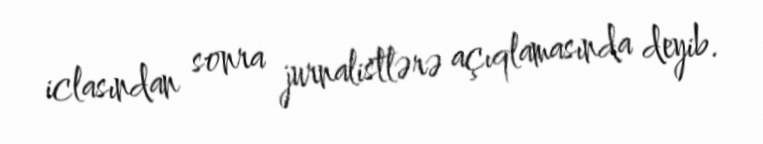
iclasından sonra jurnalistlərə açıqlamasında deyib.